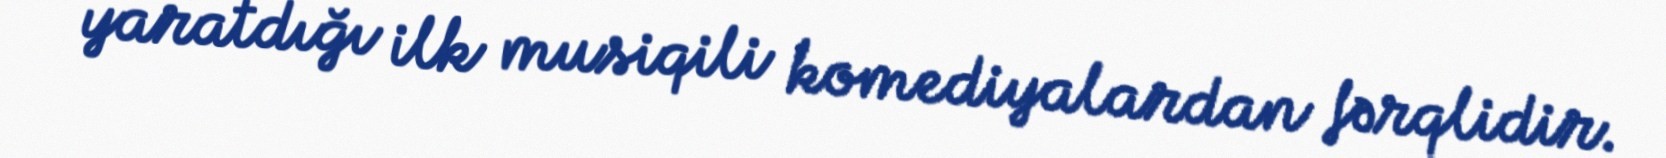
yaratdığı ilk musiqili komediyalardan fərqlidir.